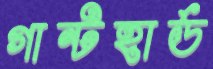
গান্টহার্ড